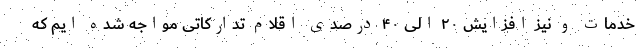
خدمات و نیز افزایش ۲۰ الی ۴۰ درصدی اقلام تدارکاتی مواجه شده ایم که